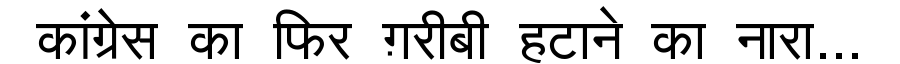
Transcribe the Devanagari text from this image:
कांग्रेस का फिर ग़रीबी हटाने का नारा...